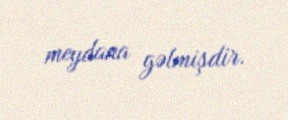
meydana gəlmişdir.